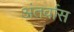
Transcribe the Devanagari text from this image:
अंतर्वास